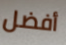
أفضل